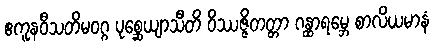
ဧကူနဝီသတိမဝဂ္ဂ ပုစ္ဆေယျာသီတိ ဝိဿဇ္ဇိတတ္တာ ဂန္ထာရမ္ဘေ စာလိယမာနံ